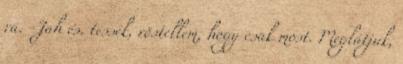
rá. -Jah és. tessék, röstellem, hogy csak most. Meglátjuk,